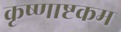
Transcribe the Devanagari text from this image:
कृष्णाष्टकम